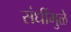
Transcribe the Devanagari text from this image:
संधींमुळे